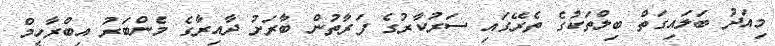
މިއަދު ބަލައިގަތް ބިލްތަކުގެ ތެރޭގައި ސަރުކާރުގެ ފަރާތުން ބާރަށު ދާއިރާގެ މެންބަރު އިބްރާހީމް